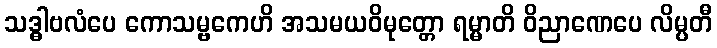
သဒ္ဓါဗလံပေ ကောသမ္ဗကေဟိ အသမယဝိမုတ္တော ရမ္မာတိ ဝိညာဏေပေ လိမ္ပတီ